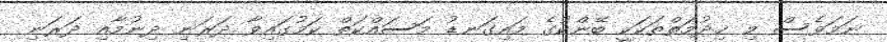
ނަމަވެސް މި ޚިދުމަތްތަކަކީ ބޭންކުގެ މައިގަނޑު މަސައްކަތް ކަމުގައިވާ ދަރަނި ދިނުމާއި ދަރަނި